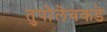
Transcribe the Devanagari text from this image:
तुपोलेवकडे